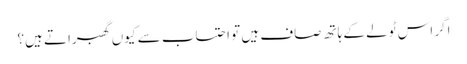
اگر اس ٹولے کے ہاتھ صاف ہیں تو احتساب سے کیوں گھبراتے ہیں؟